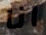
انا